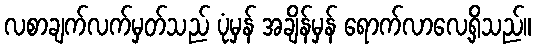
လစာချက်လက်မှတ်သည် ပုံမှန် အချိန်မှန် ရောက်လာလေ့ရှိသည်။